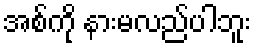
အစ်ကို နားမလည်ပါဘူး